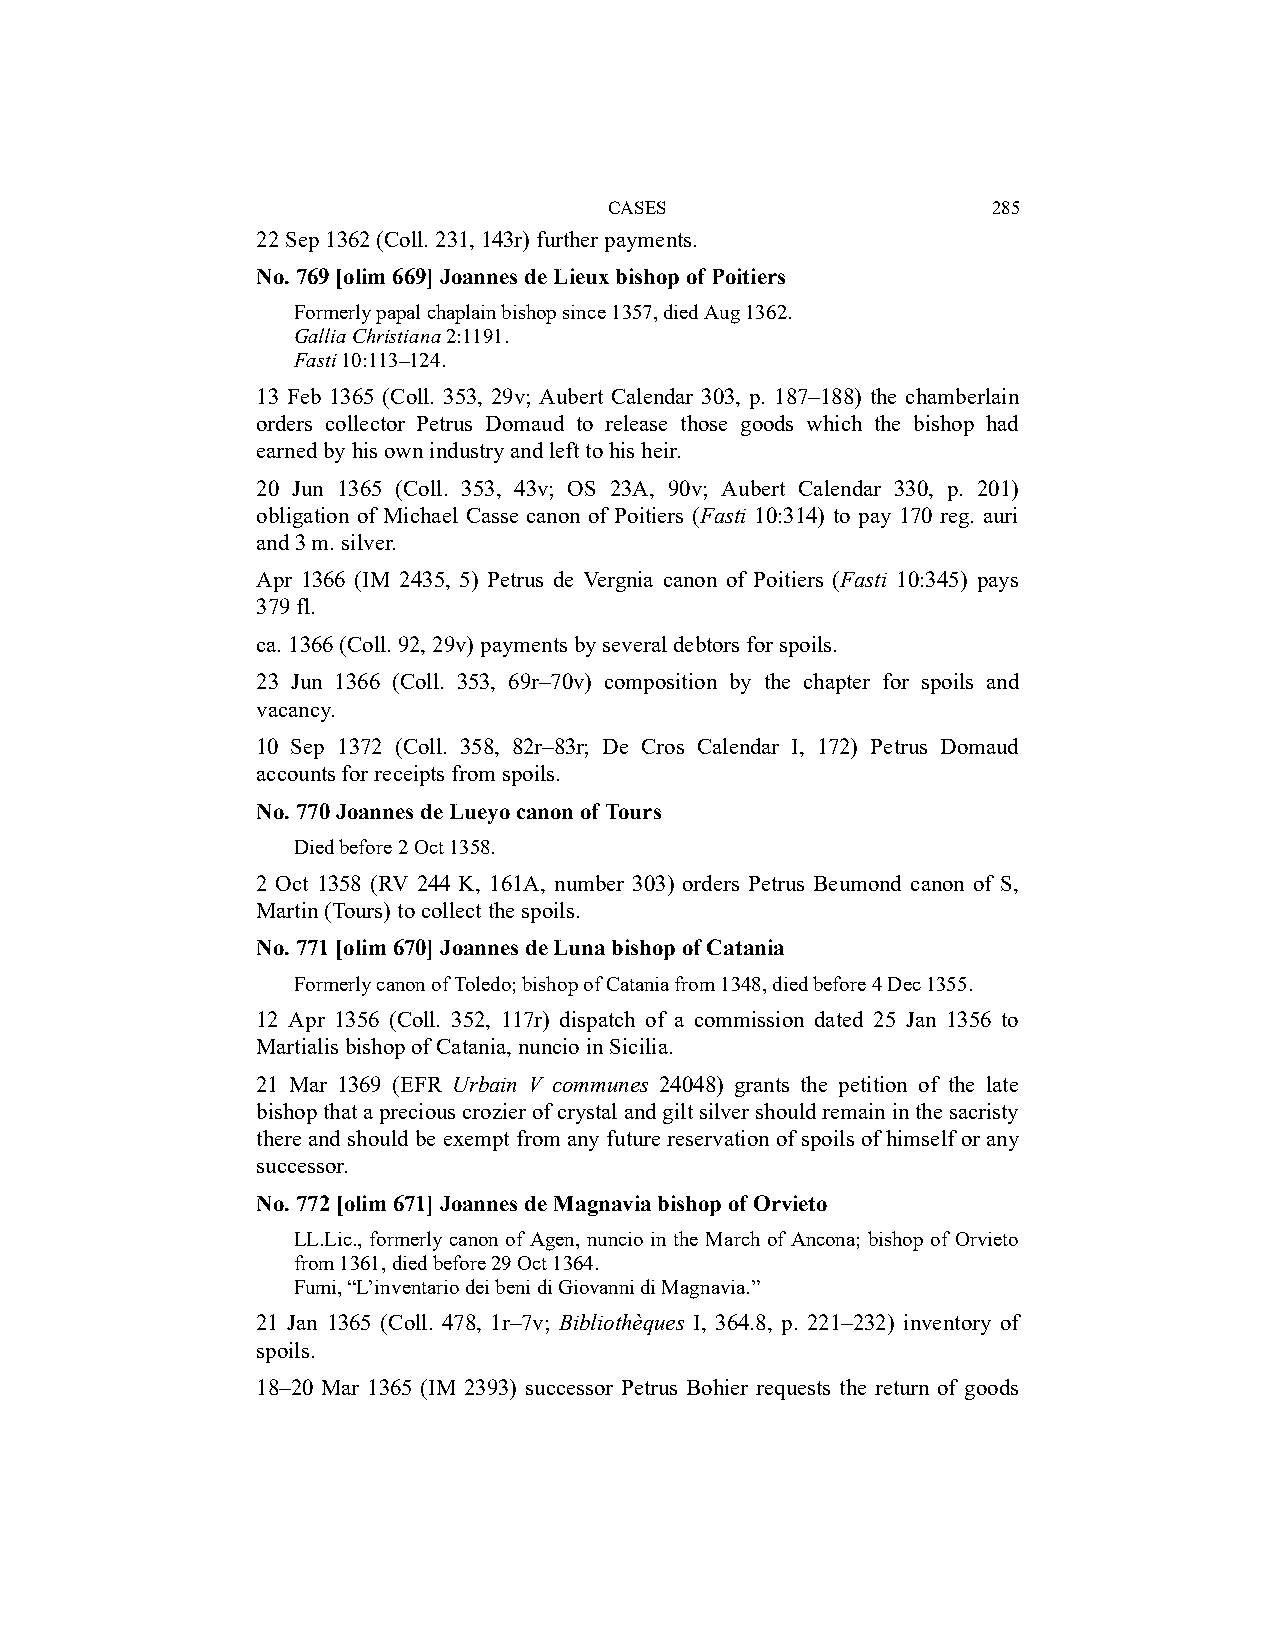
CASES                     285
 22 Sep 1362 (Coll. 231, 143r) further payments.
 No. 769 [olim 669] Joannes de Lieux bishop of Poitiers
 Formerly papal chaplain bishop since 1357, died Aug 1362.
 Gallia Christiana 2:1191.
 Fasti 10:113–124.
 13 Feb 1365 (Coll. 353, 29v; Aubert Calendar 303, p. 187–188) the chamberlain
 orders collector Petrus Domaud to release those goods which the bishop had
 earned by his own industry and left to his heir.
 20 Jun 1365 (Coll. 353, 43v; OS 23A, 90v; Aubert Calendar 330, p. 201)
 obligation of Michael Casse canon of Poitiers (Fasti 10:314) to pay 170 reg. auri
 and 3 m. silver.
 Apr 1366 (IM 2435, 5) Petrus de Vergnia canon of Poitiers (Fasti 10:345) pays
 379 fl.
 ca. 1366 (Coll. 92, 29v) payments by several debtors for spoils.
 23 Jun 1366 (Coll. 353, 69r–70v) composition by the chapter for spoils and
 vacancy.
 10 Sep 1372 (Coll. 358, 82r–83r; De Cros Calendar I, 172) Petrus Domaud
 accounts for receipts from spoils.
 No. 770 Joannes de Lueyo canon of Tours
 Died before 2 Oct 1358.
 2 Oct 1358 (RV 244 K, 161A, number 303) orders Petrus Beumond canon of S,
 Martin (Tours) to collect the spoils.
 No. 771 [olim 670] Joannes de Luna bishop of Catania
 Formerly canon of Toledo; bishop of Catania from 1348, died before 4 Dec 1355.
 12 Apr 1356 (Coll. 352, 117r) dispatch of a commission dated 25 Jan 1356 to
 Martialis bishop of Catania, nuncio in Sicilia.
 21 Mar 1369 (EFR Urbain V communes 24048) grants the petition of the late
 bishop that a precious crozier of crystal and gilt silver should remain in the sacristy
 there and should be exempt from any future reservation of spoils of himself or any
 successor.
 No. 772 [olim 671] Joannes de Magnavia bishop of Orvieto
 LL.Lic., formerly canon of Agen, nuncio in the March of Ancona; bishop of Orvieto
 from 1361, died before 29 Oct 1364.
 Fumi, “L’inventario dei beni di Giovanni di Magnavia.”
 21 Jan 1365 (Coll. 478, 1r–7v; Bibliothèques I, 364.8, p. 221–232) inventory of
 spoils.
 18–20 Mar 1365 (IM 2393) successor Petrus Bohier requests the return of goods